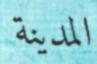
المدینة